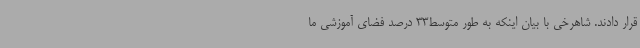
قرار دادند. شاهرخی با بیان اینکه به طور متوسط33 درصد فضای آموزشی ما